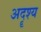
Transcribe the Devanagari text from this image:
अदॄश्य